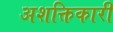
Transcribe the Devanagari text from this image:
अशक्तिकारी